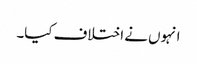
انہوں نے اختلاف کیا۔